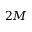
2 M